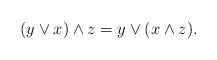
\begin{align*}(y\vee x)\wedge z = y\vee(x\wedge z).\end{align*}